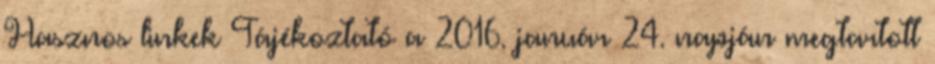
Hasznos linkek Tájékoztató a 2016. január 24. napján megtartott